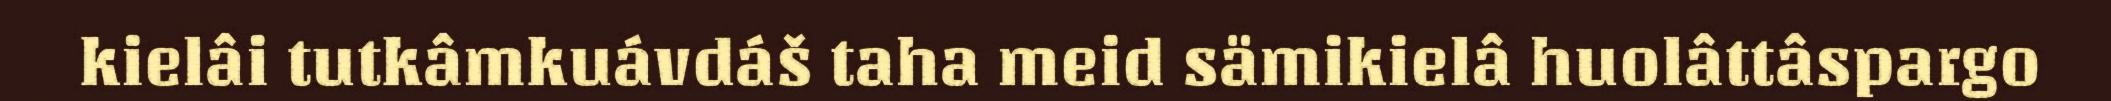
kielâi tutkâmkuávdáš taha meid sämikielâ huolâttâspargo